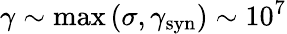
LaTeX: \gamma\sim\operatorname*{max}{(\sigma,\gamma_{\mathrm{syn}})}\sim 10^{7}